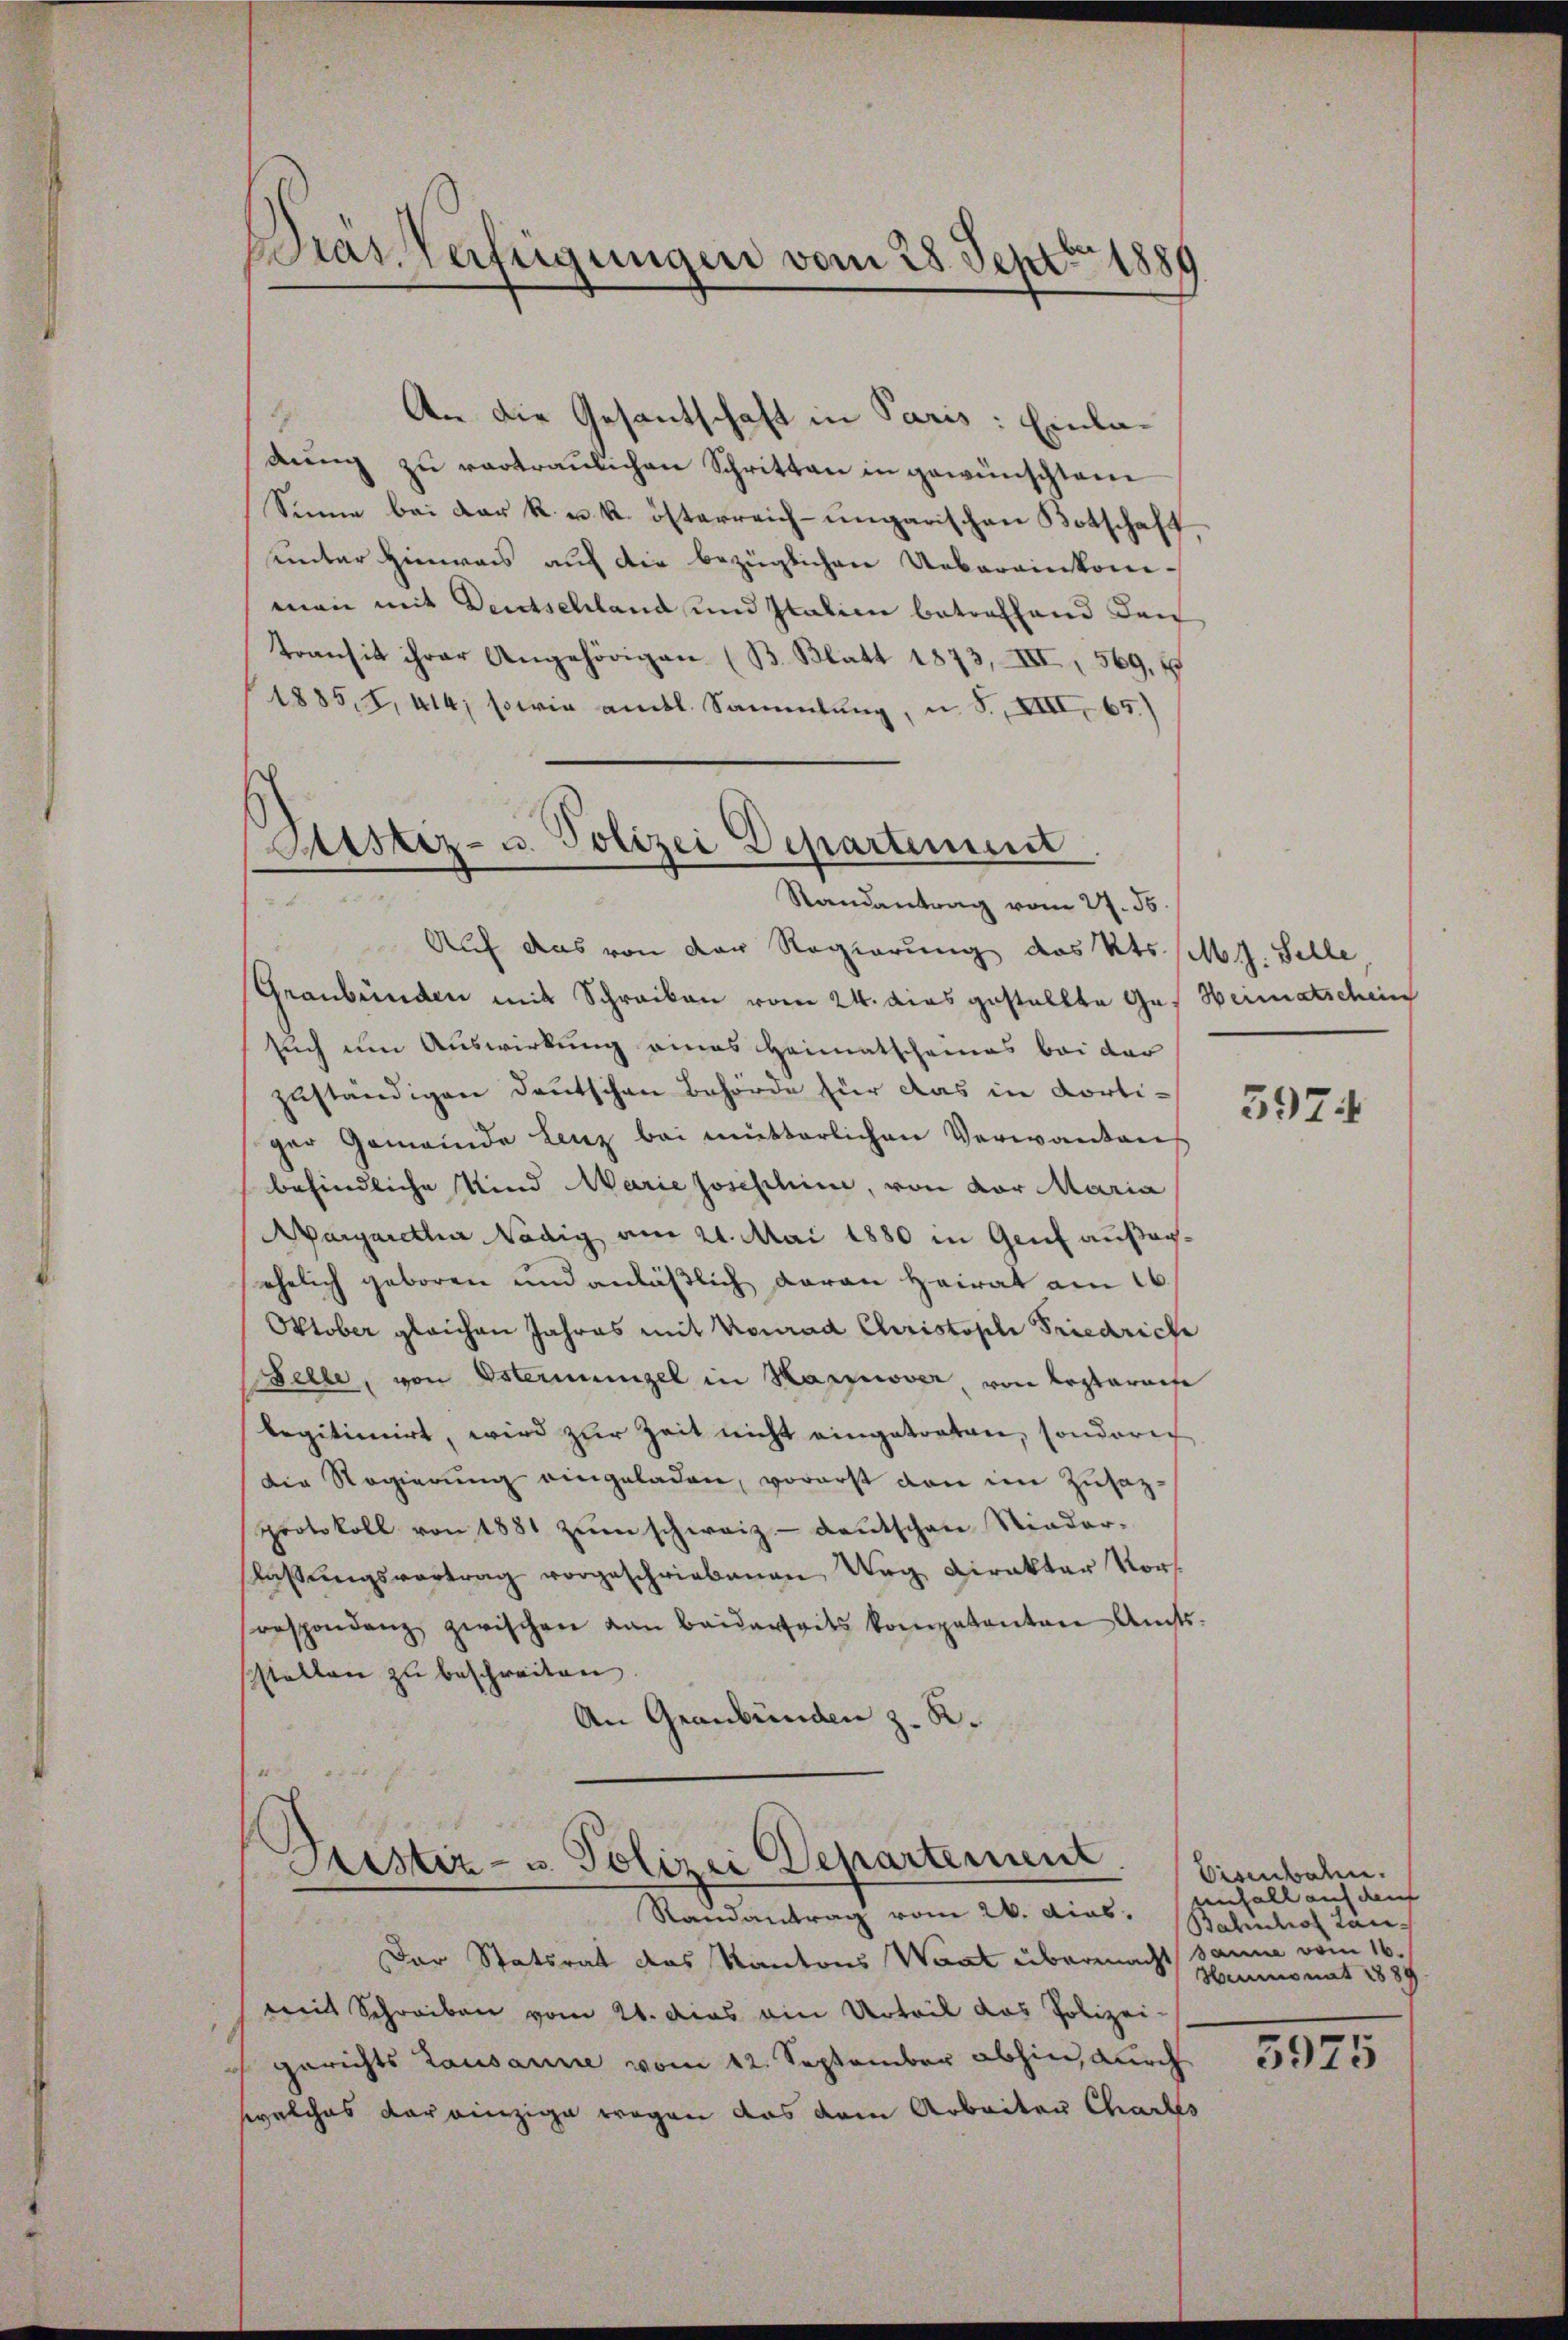
Pras Verfügungen vom 28. Sept. 1889

An die Gesantschaft in Paris: Einladŭng zŭ vertraulichen Schritten in gewünschtem
Sinne bei der k. u. k. österreich-ungarischen Botschaft
unter Hinweis auf die bezüglichen Uebereinkomman mit Deutschland und Italine betreffend den
Transit ihrer Angehörigen (B. Blatt 1873, III., 569. 6
1885, 8, 414, sowie amtl. Sammlung, u. S., XIII 65.)
Auf das von der Regierung des Kts. /M. J. Schle
Graubünden mit Schreiben vom 24. dies gestellte Gesuch um Auswirkung eines Heimatscheines bei der
zuständigen deutschen Behörde für das in Kortiger Gemeinde Lenz bei mutterlichen Verwantens
befindliche Kind Marie Josephine, von vor Maria
Aargaretha Nädig am 21. Mai 1880 in Genf außerehelich geboren und anläßlich daran Heirat am 16.
Oktober gleichen Jahres mit Konrad Christopli Friedrich
Felle, von Estermingel in Hannover von Kostaraise
legitimirt, wird zur Zeit nicht eingetreten, sonderich
Die Regierŭng eingeladen, vorerst von im Zusatzprotokoll von 1881 zum schweiz - Deutschen Nieder-
slaßungsvortrag vorgeschriebenen Urg Direktor Vors
respondenz zwischen kan beiderseits kompetenten Amts
sstellen zu beschreiten.
An Graubünden z. R.
Justiz- u. Polizei Departement.
Randantrag vom 26. dias.
Der Statsrat das Kantons Waat übermacht sanne vom 16.
emit Schreiben vom 21. das ein Urteil das Polizei-
c gerichts Lausanne vom 12. September abhin, durch 3075
welches der einzige wegen das dem Arbeiten Charts

Sistiz- u. Polizei Departement
.
Randantrag vom 27. 56.

Weimatschein

5974

Eisenbahn.
einfall auf dem
Bahnhof Lan¬
Heumonat 1889